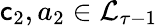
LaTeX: \mathsf{c}_{2},a_{2}\in\mathcal{{L}}_{\tau-1}